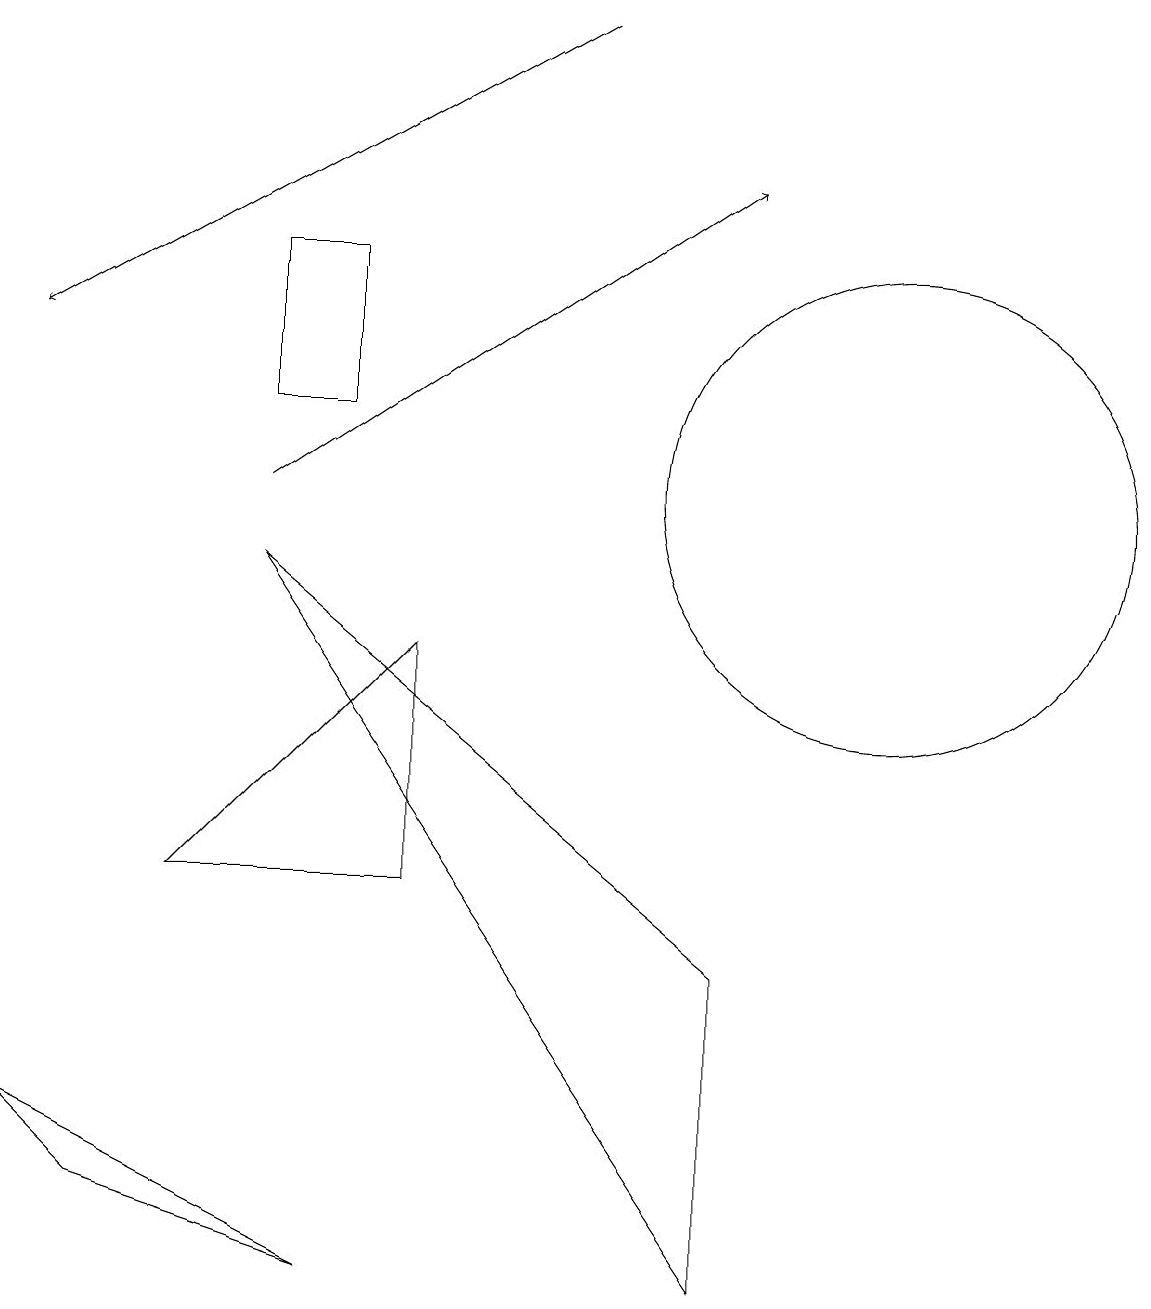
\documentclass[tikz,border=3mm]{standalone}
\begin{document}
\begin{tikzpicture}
\draw (3,13) rectangle (4,11);
\draw (5,8) -- (2,5) -- (5,5) -- cycle;
\draw[->] (3,10) -- (9,14);
\draw (0,2) -- (1,1) -- (4,0) -- cycle;
\draw (9,4) -- (9,0) -- (3,9) -- cycle;
\draw[->] (7,16) -- (0,12);
\draw (11,10) circle (3);
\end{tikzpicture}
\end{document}